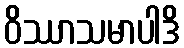
ဝိဿာသမာပါဒိ